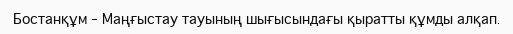
Бостанқұм – Маңғыстау тауының шығысындағы қыратты құмды алқап.